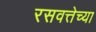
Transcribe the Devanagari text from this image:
रसवत्तेच्या